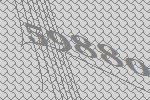
59880